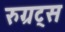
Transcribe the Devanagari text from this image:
रुग्रट्स